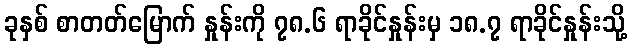
ခုနှစ် စာတတ်မြောက် နှုန်းကို ၇၈.၆ ရာခိုင်နှုန်းမှ ၁၈.၇ ရာခိုင်နှုန်းသို့